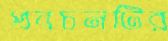
প্রবচনটির